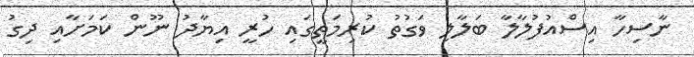
ނާސިހާ އިސްއުފުލާލާ ބަލާލި ވަގުތު ކުރިމަތީގައި ހުރީ އިޔާދު ނޫން ކަމަށާއި ދިގު